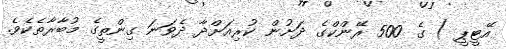
އޭޓީޕީ ) ގެ 500 ރޭންކްގެ ދަށުން ކުރިއަށްދާ ދެވަނަ ގިންތީގެ މުބާރާތެކެވެ.